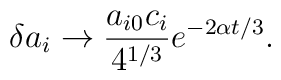
\delta a_i \to \frac{a_{i0} c_i}{4^{1/3}} e^{-2\alpha t/3}.